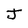
Character: J